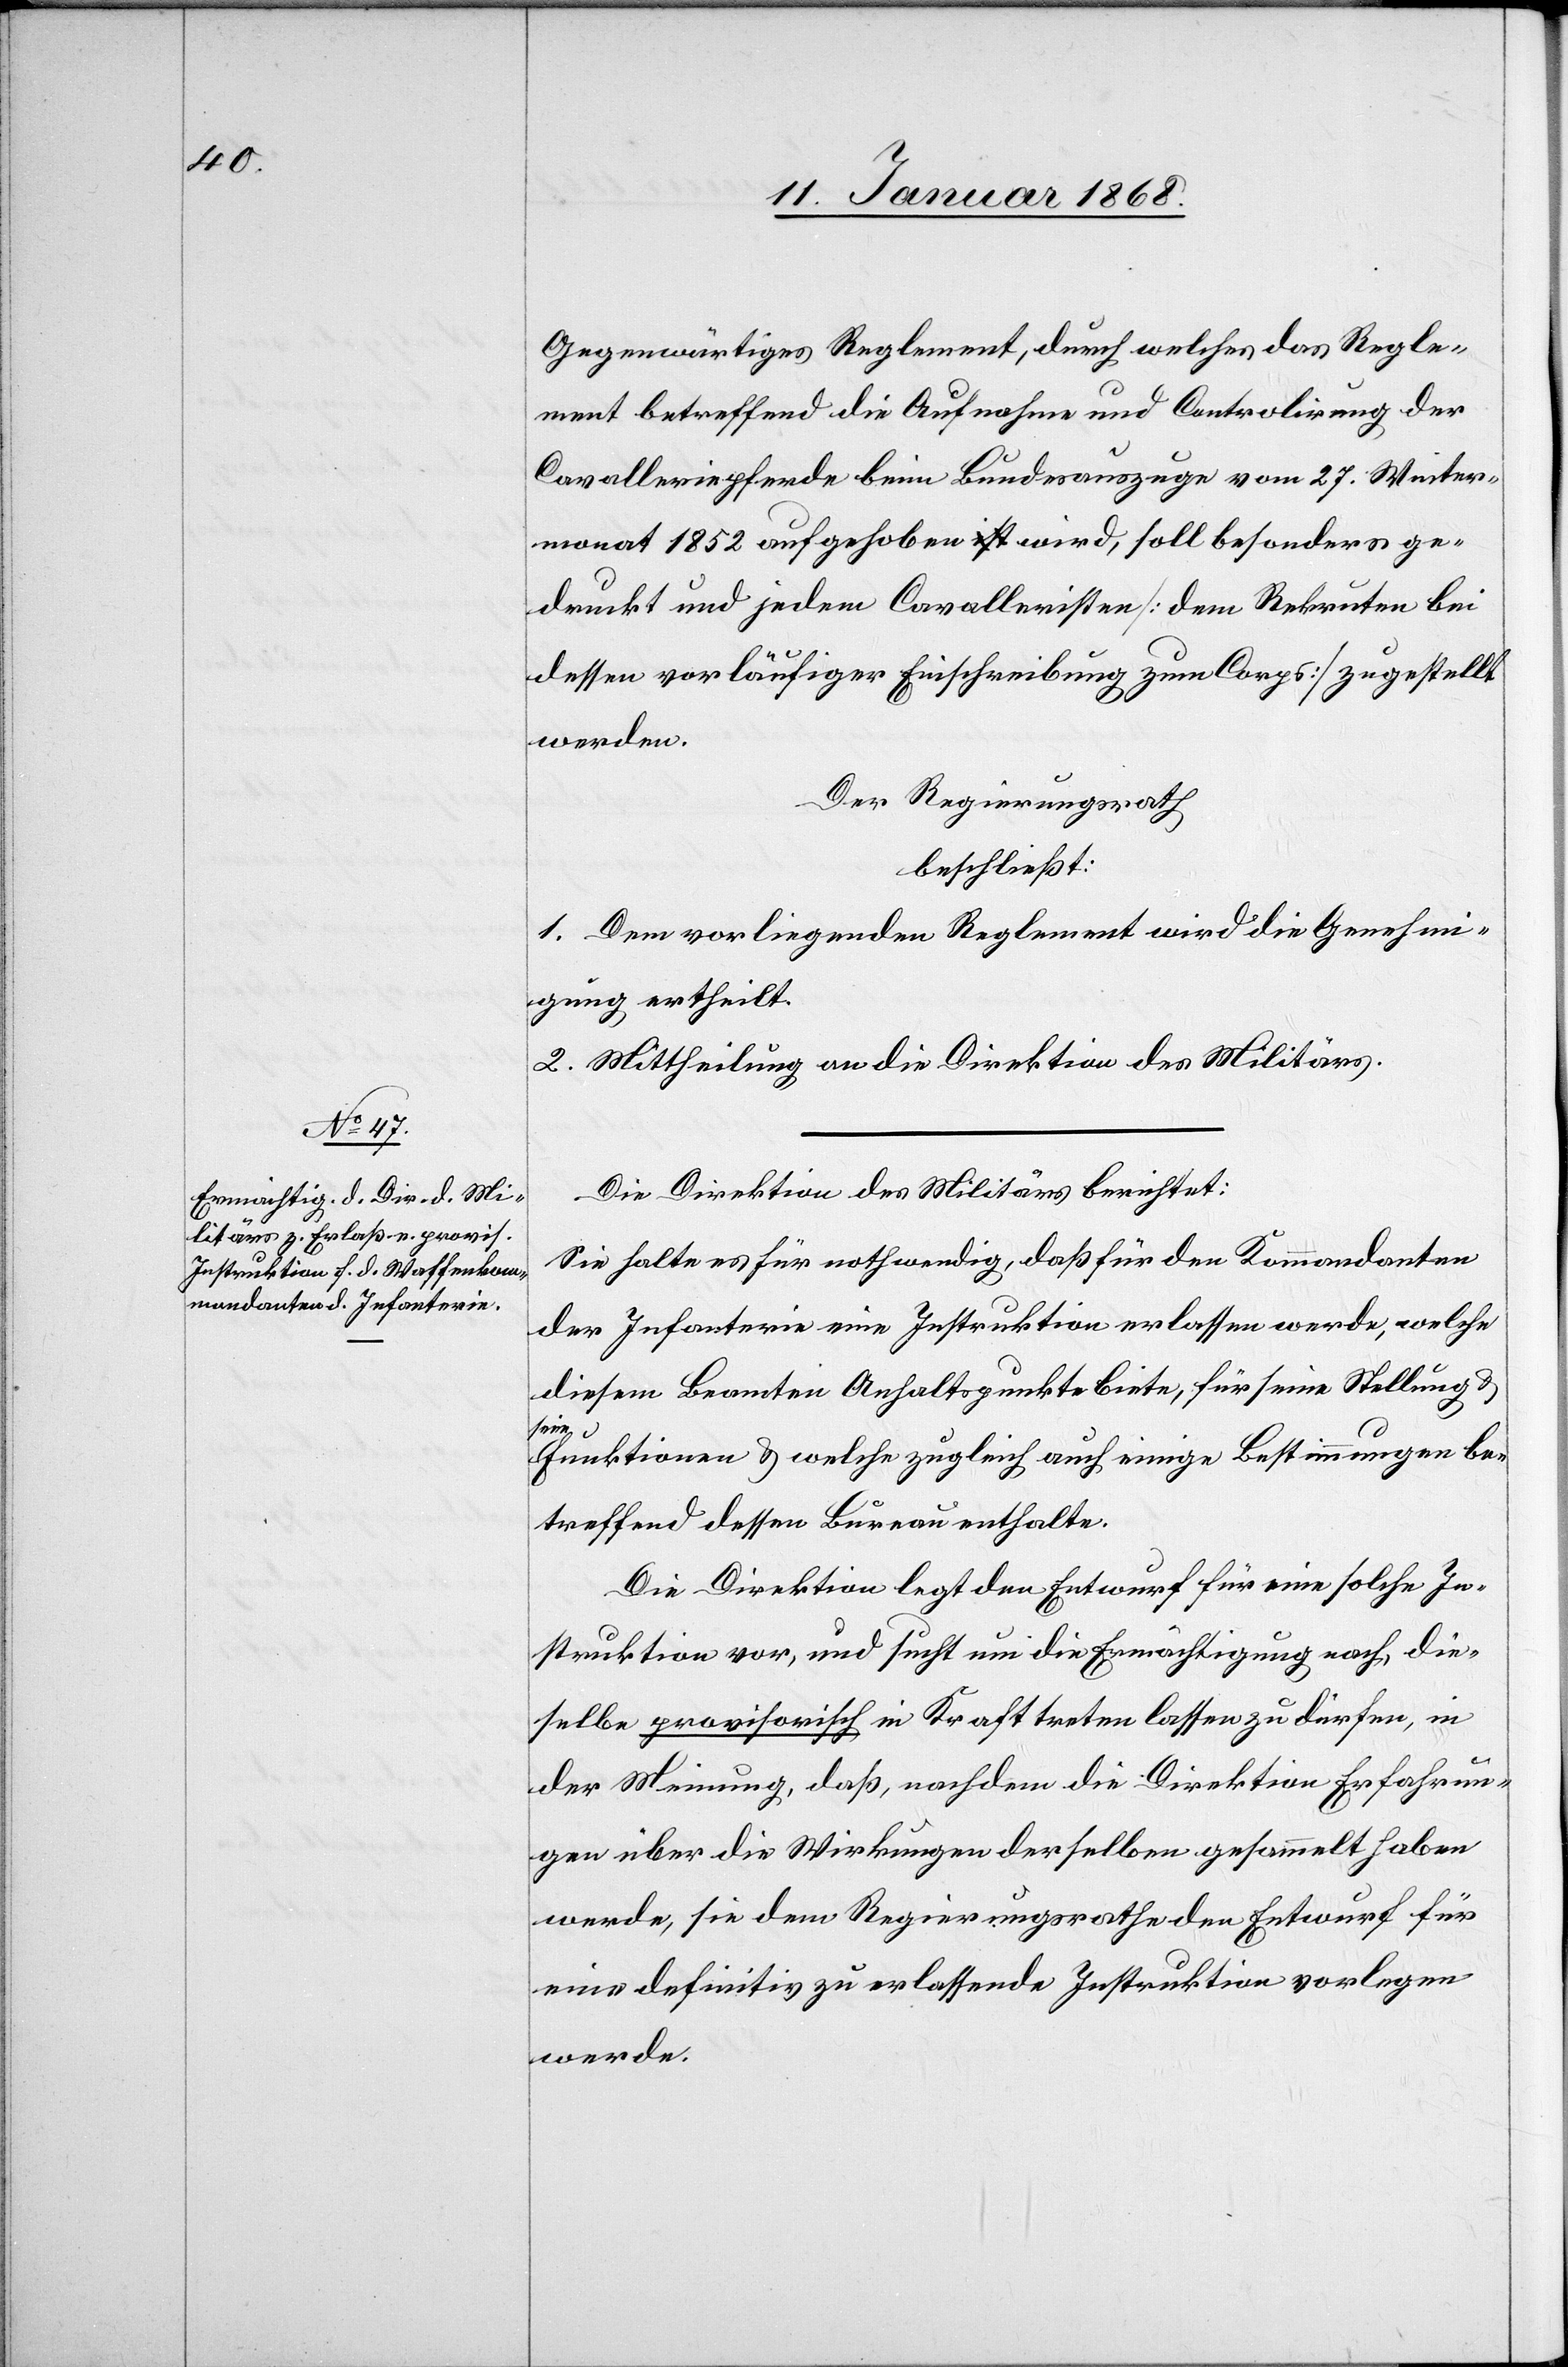
Gegenwärtiges Reglement, durch welches das Regle¬
ment betreffend die Aufnahme und Controlirung der
Cavalleriepferde beim Bundesauszuge vom 27. Winter¬
monat 1852 aufgehoben wird, soll besonders ge¬
druckt und jedem Cavalleristen [dem Rekruten bei
dessen vorläufiger Einschreibung zum Corps] zugestellt
werden.
Der Regierungsrath
beschließt:
1. Dem vorliegenden Reglement wird die Genehmi¬
gung ertheilt.
2. Mittheilung an die Direktion des Militärs.
Die Direktion des Militärs berichtet:
Sie halte es für nothwendig, daß für den Kommandanten
der Infanterie eine Instruktion erlassen werde, welche
diesem Beamten Anhaltspunkte biete, für seine Stellung &
seine
Funktionen & welche zugleich auch einige Bestimmungen be¬
treffend dessen Bureau enthalte.
Die Direktion legt den Entwurf für eine solche In¬
struktion vor, und sucht um die Ermächtigung nach, die¬
selbe provisorisch in Kraft treten lassen zu dürfen, in
der Meinung, daß, nachdem die Direktion Erfahrun¬
gen über die Wirkungen derselben gesammelt haben
werde, sie dem Regierungsrathe den Entwurf für
eine definitiv zu erlassende Instruktion vorlegen
werde.